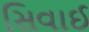
સિવાઈ